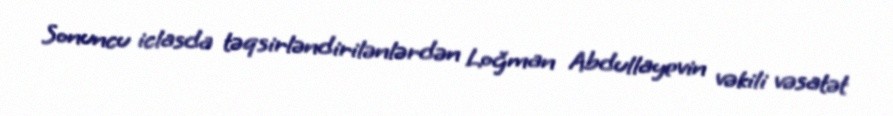
Sonuncu iclasda təqsirləndirilənlərdən Loğman Abdullayevin vəkili vəsatət